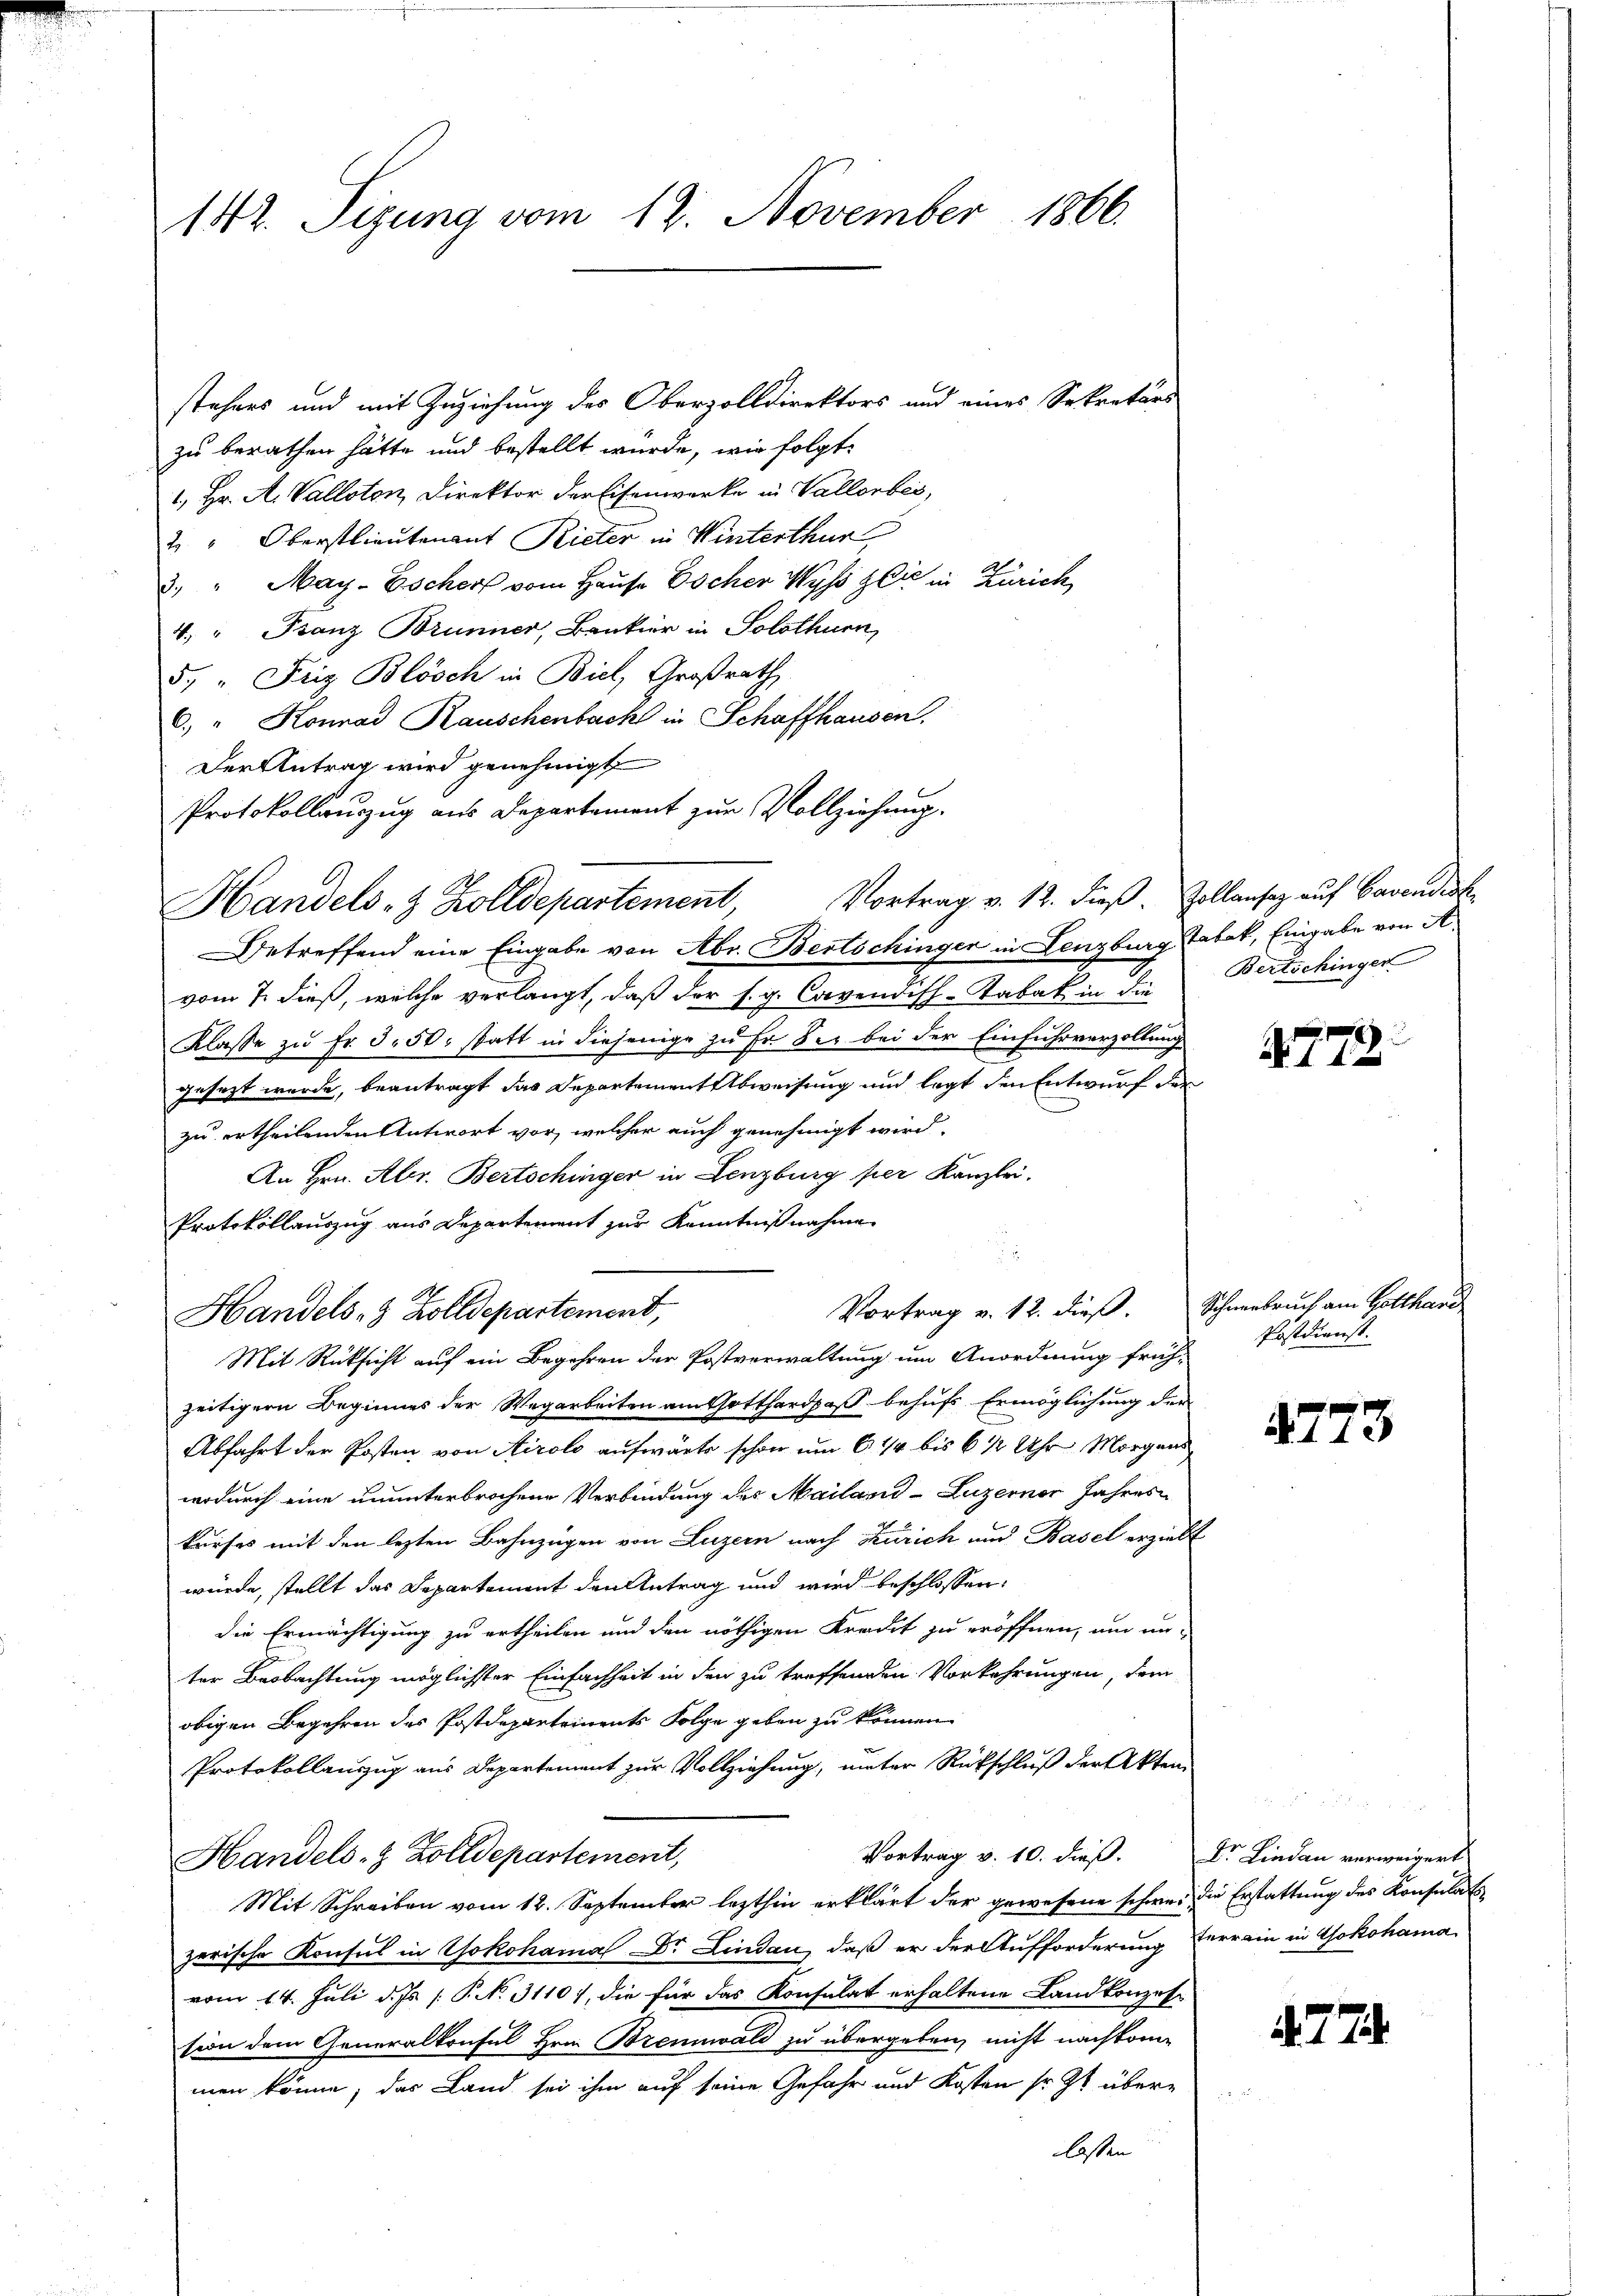
142. Sizung vom 12. November 1866.

stehens und mit Zuziehung des Oberzolldirektors und eines Sekretärs
zu berathen hätte und bestellt wurde, wie folgt:
1., Hr. A. Valloten, Direktor der Eisenwerke in Vallorbei,
2 " Oberstlieutenant Rieter in Winterthur
3. " May-Eschers vom Hause scher Wyss die in Zürich
4. " Franz Brunner, Bankier in Solothurn,
5. " Friz Blösch in Biel, Großrath
6. " Konrad Rauschenbacht in Schaffhausen.
Der Antrag wird genehmigt
vom 7. dieß, welche verlangt, daß der s. g. Cavendisch-Tabak in die
Klasse zu Fr. 3. 50. statt in diejenige zu Er der bei der Einfuhrverzollung
gesezt wurde, beantragt das Departement Abweisung und legt den Entwurf der
zu ertheilenden Antwort vor, welcher auch genehmigt wird.
An Hrn. Aber. Bertschinger in Lenzburg per Kanzlei.
Protokollauszug aus Departement zur Kenntnißnahme
Vortrag v. 12. dieß.
Handels- & Zolldepartemont,
Mit Rücksicht auf ein Begehren der Postverwaltung um Anordnung frühzeitigern Beginnes der Wegarbeiten am Gotthardpaß behufs Ermöglichung der
Abfahrt der Posten von Airolo aufwärte schon um 6 1/4 bis 6 ½ Uhr Morgens
wodurch eine ununterbrochene Verbindung des Mailand-Luzerner Jahres
kaufes mit den lezten Bahnzügen von Luzern nach Zürich und Basel erzielt
würde, stellt das Departement den Antrag und wird beschlossen:
die Ermächtigung zu ertheilen und den nöthigen Kredit zu eröffnen, um un-
ter Beobachtung möglichster Einfachheit in den zu treffenden Vorkehrungen, dem
obigen Begehren des Postdepartements Folge geben zu können.
Protokollauszug aus Departement zur Vollziehung, unter Rückschluß der Akten
Vortrag v. 10. dieß. Dr. Lindau verweigert
Handels- & Zolldepartement,
Mit Schreiben vom 12. September lezthin erklärt der gewesene schwer die Erstattung des Konsulatszerische Konsul in Yokohama Dr. Lindau, daß er der Aufforderung herrain in Yokohama
vom 14. Juli d. Js P. N. 31107, die für das Konsulat erhaltene Landkonzes-
sion dem Generalkonsul Hrn. Brennwald zu übergeben, nicht nachkommen könne; das Land sei ihm auf seine Gefahr und Kosten sr. 91 überlassen

Protokollauszug aus Departement zur Vollziehung.
Handels- & Zolldepartement, Vortrag v. 12. dieβ. Zollansaz auf Cavendest
Betreffend eine Eingabe von Abr. Bertschingen in Lenzburg Tabak, Eingabe von A.

Bertschinger

47

Schneebruch am Gotthard
Postdienst.

7.

N. 27.